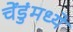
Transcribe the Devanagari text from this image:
चेंडुंमध्ये